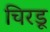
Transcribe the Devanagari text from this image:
चिरडू